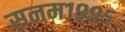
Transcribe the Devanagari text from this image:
सनम१९९५